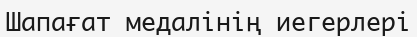
Шапағат медалінің иегерлері